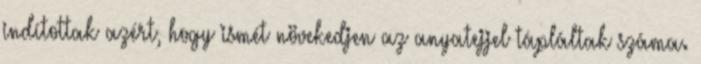
indítottak azért, hogy ismét növekedjen az anyatejjel tápláltak száma.